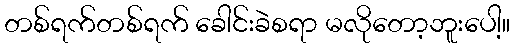
တစ်ရက်တစ်ရက် ခေါင်းခဲစရာ မလိုတော့ဘူးပေါ့။